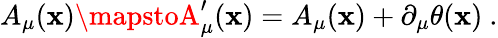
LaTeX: A_{\mu}(\mathbf{x})\mapstoA_{\mu}^{\prime}(\mathbf{x})=A_{\mu}(\mathbf{x})+\partial_{\mu}\theta(\mathbf{x})\ .